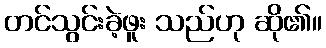
တင်သွင်းခဲ့ဖူး သည်ဟု ဆို၏။